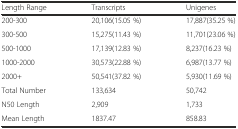
<table><thead><tr><td><b>Length Range</b></td><td><b>Transcripts</b></td><td><b>Unigenes</b></td></tr></thead><tbody><tr><td>200-300</td><td>20,106(15.05 %)</td><td>17,887(35.25 %)</td></tr><tr><td>300-500</td><td>15,275(11.43 %)</td><td>11,701(23.06 %)</td></tr><tr><td>500-1000</td><td>17,139(12.83 %)</td><td>8,237(16.23 %)</td></tr><tr><td>1000-2000</td><td>30,573(22.88 %)</td><td>6,987(13.77 %)</td></tr><tr><td>2000+</td><td>50,541(37.82 %)</td><td>5,930(11.69 %)</td></tr><tr><td>Total Number</td><td>133,634</td><td>50,742</td></tr><tr><td>N50 Length</td><td>2,909</td><td>1,733</td></tr><tr><td>Mean Length</td><td>1837.47</td><td>858.83</td></tr></tbody></table>